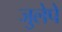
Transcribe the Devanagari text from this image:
जुलेपे